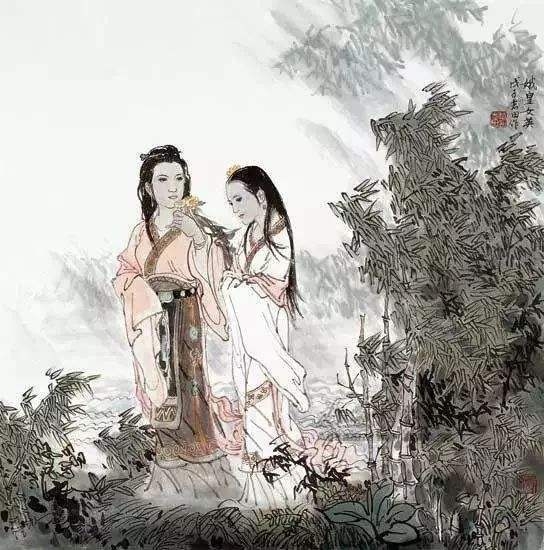
西施越溪女，出自苎萝山。